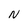
Character: N